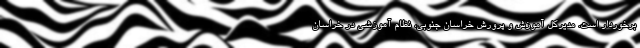
برخوردار است. مدیرکل آموزش و پرورش خراسان جنوبی، نظام آموزشی در خراسان